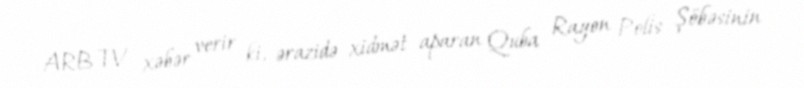
ARB TV xəbər verir ki, ərazidə xidmət aparan Quba Rayon Polis Şöbəsinin